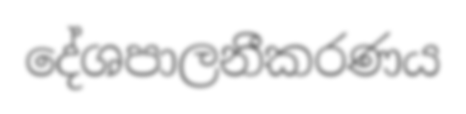
දේශපාලනීකරණය